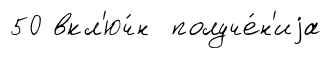
50 вкл'юч́н получе́н'иjа